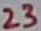
Text: 23